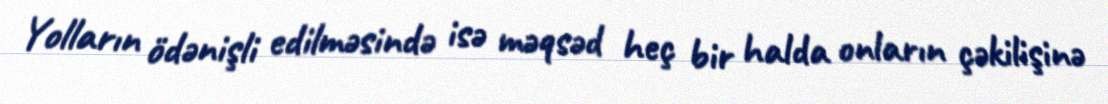
Yolların ödənişli edilməsində isə məqsəd heç bir halda onların çəkilişinə